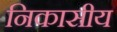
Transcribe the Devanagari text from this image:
निकासीय